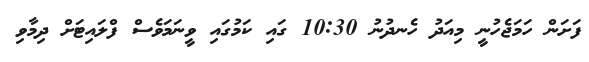
ފަށަން ހަމަޖެހުނީ މިއަދު ހެނދުނު 10:30 ގައި ކަމުގައި ވީނަމަވެސް ފްލައިޓަށް ދިމާވި